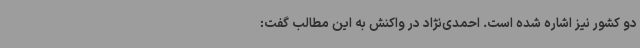
دو کشور نیز اشاره شده ‌است. احمدی‌نژاد در واکنش به این مطالب گفت: